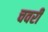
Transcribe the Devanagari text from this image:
चवरी